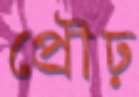
প্রৌঢ়